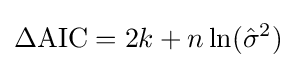
\Delta \mathrm {AIC} =2k+n\ln({\hat {\sigma }}^{2})